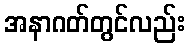
အနာဂတ်တွင်လည်း